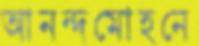
আনন্দমোহনে